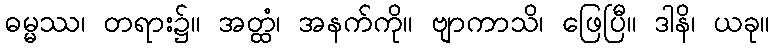
ဓမ္မဿ၊ တရား၌။ အတ္ထံ၊ အနက်ကို။ ဗျာကာသိ၊ ဖြေပြီ။ ဒါနိ၊ ယခု။